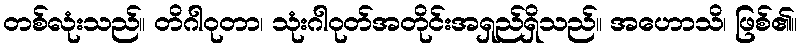
တစ်လုံးသည်။ တိဂါဝုတာ၊ သုံးဂါဝုတ်အတိုင်းအရှည်ရှိသည်။ အဟောသိ၊ ဖြစ်၏။